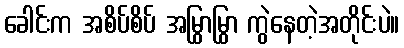
ခေါင်းက အစိပ်စိပ် အမြွာမြွာ ကွဲနေတဲ့အတိုင်းပဲ။